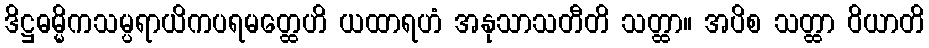
ဒိဋ္ဌဓမ္မိကသမ္ပရာယိကပရမတ္ထေဟိ ယထာရဟံ အနုသာသတီတိ သတ္ထာ။ အပိစ သတ္ထာ ဝိယာတိ